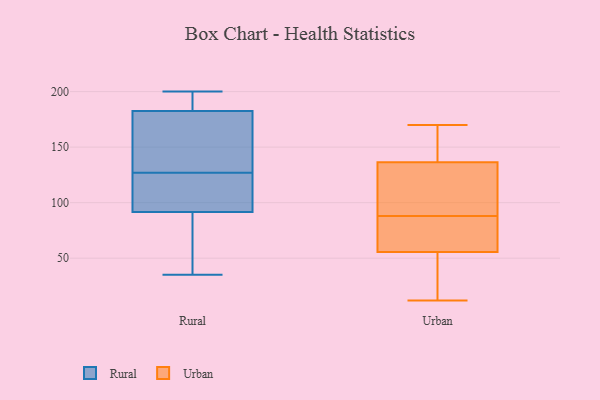
{"axis": {"x": "Demand Index", "y": "Value"}, "legend": ["Rural", "Urban"], "data": [{"x": "", "y": 130, "type": "Rural"}, {"x": "", "y": 184, "type": "Rural"}, {"x": "", "y": 118, "type": "Rural"}, {"x": "", "y": 123, "type": "Rural"}, {"x": "", "y": 133, "type": "Rural"}, {"x": "", "y": 200, "type": "Rural"}, {"x": "", "y": 35, "type": "Rural"}, {"x": "", "y": 181, "type": "Rural"}, {"x": "", "y": 156, "type": "Rural"}, {"x": "", "y": 77, "type": "Rural"}, {"x": "", "y": 193, "type": "Rural"}, {"x": "", "y": 124, "type": "Rural"}, {"x": "", "y": 48, "type": "Rural"}, {"x": "", "y": 103, "type": "Rural"}, {"x": "", "y": 80, "type": "Rural"}, {"x": "", "y": 185, "type": "Rural"}, {"x": "", "y": 168, "type": "Urban"}, {"x": "", "y": 101, "type": "Urban"}, {"x": "", "y": 124, "type": "Urban"}, {"x": "", "y": 52, "type": "Urban"}, {"x": "", "y": 88, "type": "Urban"}, {"x": "", "y": 132, "type": "Urban"}, {"x": "", "y": 20, "type": "Urban"}, {"x": "", "y": 138, "type": "Urban"}, {"x": "", "y": 75, "type": "Urban"}, {"x": "", "y": 66, "type": "Urban"}, {"x": "", "y": 170, "type": "Urban"}, {"x": "", "y": 47, "type": "Urban"}, {"x": "", "y": 12, "type": "Urban"}, {"x": "", "y": 83, "type": "Urban"}, {"x": "", "y": 170, "type": "Urban"}]}